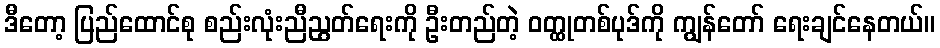
ဒီတော့ ပြည်ထောင်စု စည်းလုံးညီညွတ်ရေးကို ဦးတည်တဲ့ ဝတ္ထုတစ်ပုဒ်ကို ကျွန်တော် ရေးချင်နေတယ်။